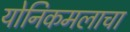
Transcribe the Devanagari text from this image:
योनिकमलाचा